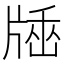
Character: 𤗠